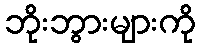
ဘိုးဘွားများကို